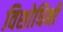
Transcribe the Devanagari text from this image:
विशोधिनी